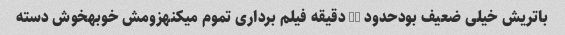
باتریش خیلی ضعیف بودحدود 20 دقیقه فیلم برداری تموم میکنهزومش خوبهخوش دسته